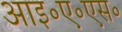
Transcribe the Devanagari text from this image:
आइ॰ए॰एस॰